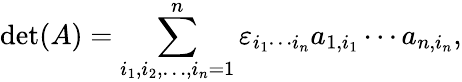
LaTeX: \operatorname*{det}(A)=\sum_{i_{1},i_{2},\ldots,i_{n}=1}^{n}\varepsilon_{i_{1}\cdots i_{n}}a_{1,i_{1}}\cdots a_{n,i_{n}},